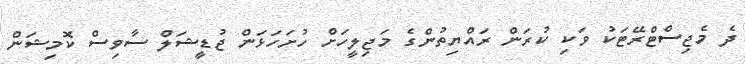
ދެ މެޖިސްޓްރޭޓަކު ވަކި ކުރަން ރައްޔިތުންގެ މަޖިލީހަށް ހުށަހަޅަން ޖުޑީޝަލް ސާވިސް ކޮމިޝަން